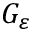
G _ { \varepsilon }